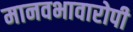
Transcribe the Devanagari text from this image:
मानवभावारोपी